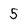
Character: 5